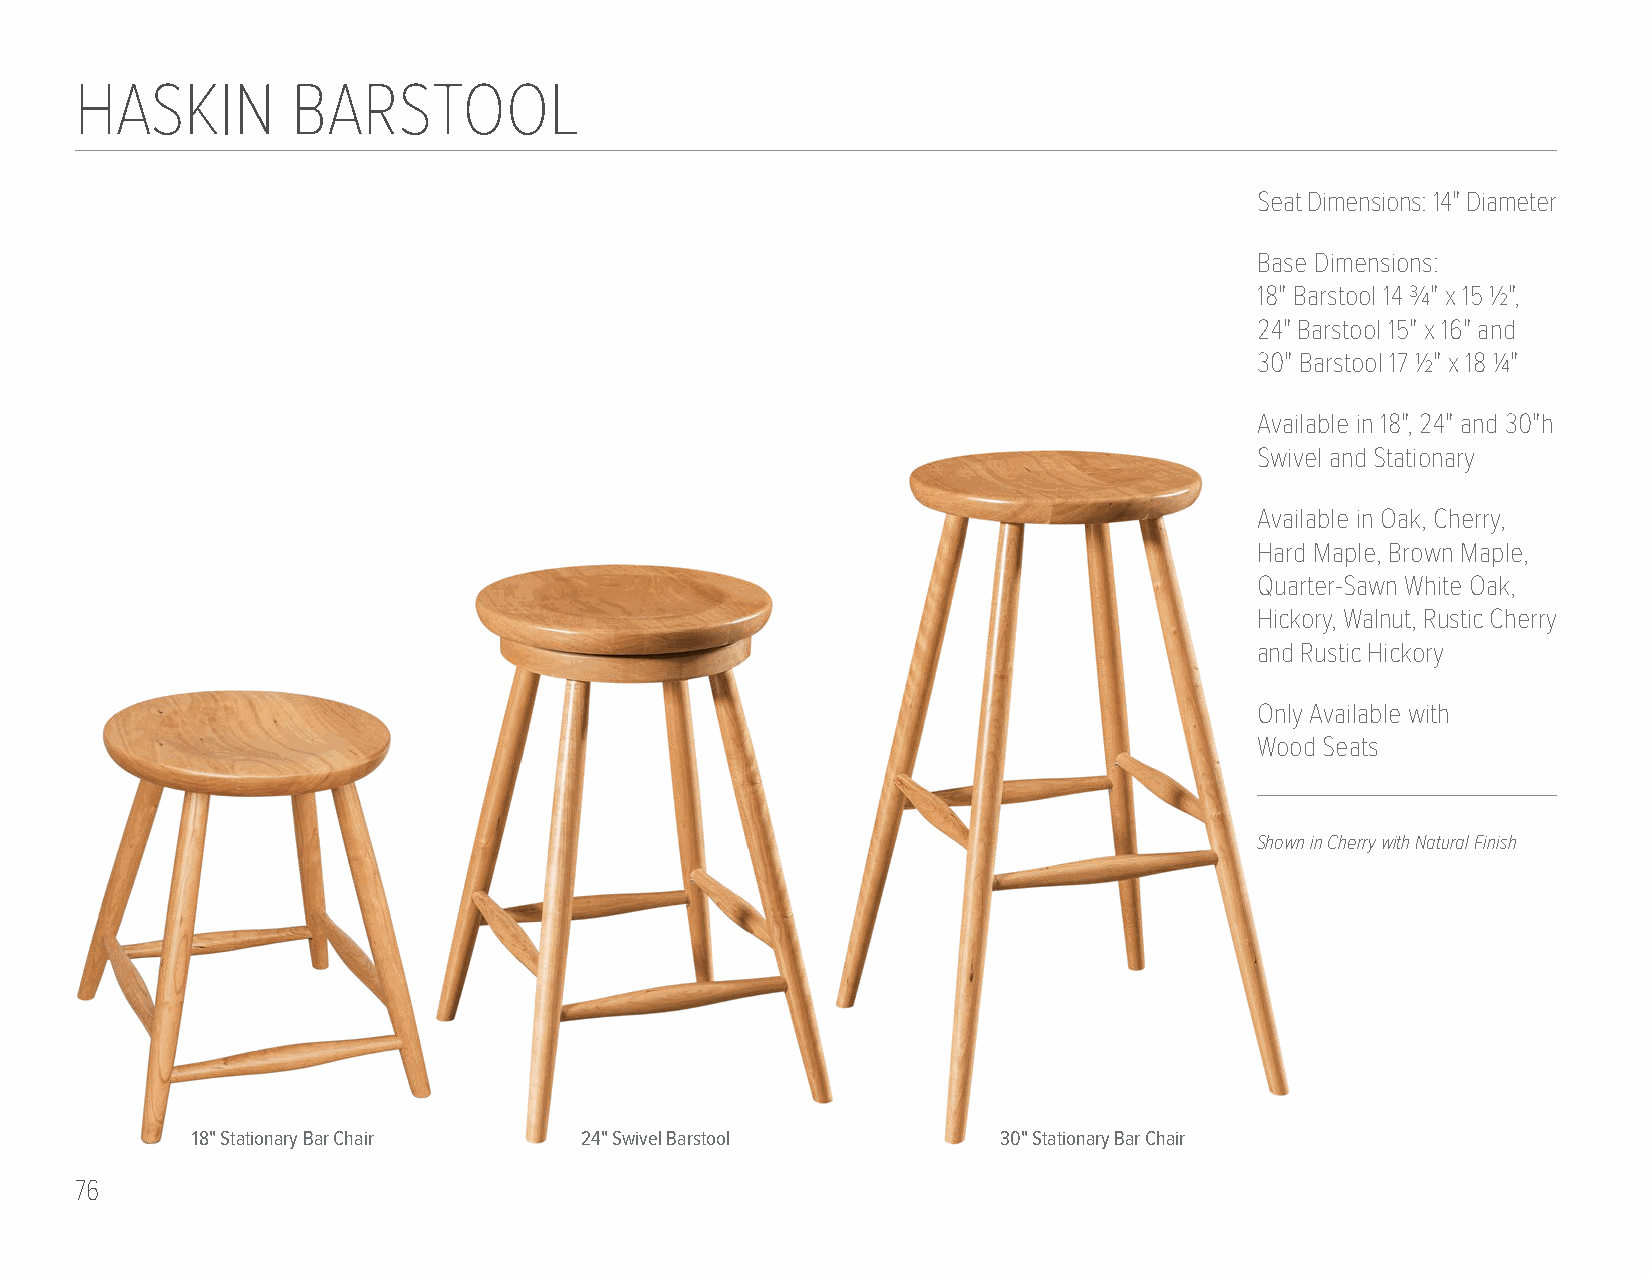
HASKIN        BARSTOOL
 Seat Dimensions: 14" Diameter
 Base Dimensions:
 18" Barstool 14 3/4" x 15 1/2",
 24" Barstool 15" x 16" and
 30" Barstool 17 1/2" x 18 1/4"
 Available in 18", 24" and 30"h
 Swivel and Stationary
 Available in Oak, Cherry,
 Hard Maple, Brown Maple,
 Quarter-Sawn White Oak,
 Hickory, Walnut, Rustic Cherry
 and Rustic Hickory
 Only Available with
 Wood Seats
 Shown in Cherry with Natural Finish
 18" Stationary Bar Chair 24" Swivel Barstool         30" Stationary Bar Chair
 76